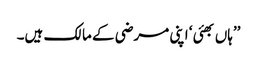
’’ہاں بھئی ‘ اپنی مرضی کے مالک ہیں۔